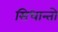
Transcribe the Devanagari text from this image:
सिधान्तो